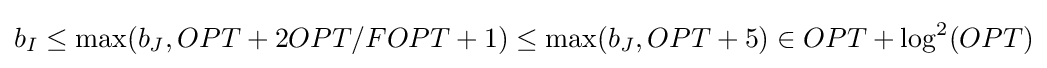
b_{I}\leq \max(b_{J},OPT+2OPT/FOPT+1)\leq \max(b_{J},OPT+5)\in OPT+\log ^{2}(OPT)